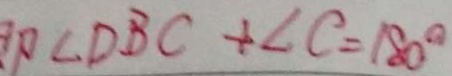
\angle D B C + \angle C = 1 8 0 ^ { \circ }